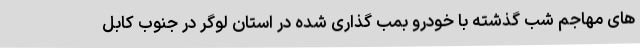
های مهاجم شب گذشته با خودرو بمب گذاری شده در استان لوگر در جنوب کابل